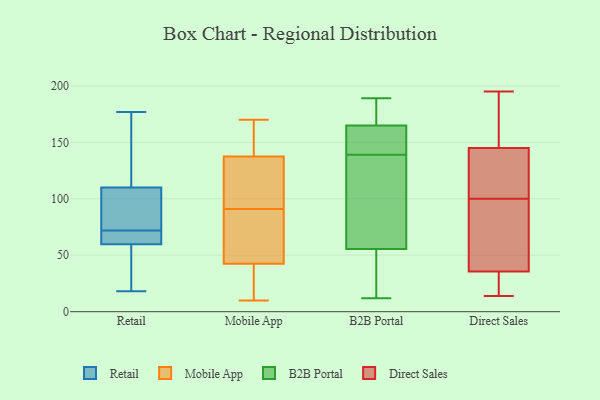
{"axis": {"x": "Conversion Rate (%)", "y": "Value"}, "legend": ["B2B Portal", "Direct Sales", "Mobile App", "Retail"], "data": [{"x": "", "y": 79, "type": "Retail"}, {"x": "", "y": 177, "type": "Retail"}, {"x": "", "y": 18, "type": "Retail"}, {"x": "", "y": 172, "type": "Retail"}, {"x": "", "y": 65, "type": "Retail"}, {"x": "", "y": 72, "type": "Retail"}, {"x": "", "y": 100, "type": "Retail"}, {"x": "", "y": 71, "type": "Retail"}, {"x": "", "y": 33, "type": "Retail"}, {"x": "", "y": 23, "type": "Retail"}, {"x": "", "y": 70, "type": "Retail"}, {"x": "", "y": 58, "type": "Retail"}, {"x": "", "y": 161, "type": "Retail"}, {"x": "", "y": 104, "type": "Retail"}, {"x": "", "y": 112, "type": "Retail"}, {"x": "", "y": 141, "type": "Mobile App"}, {"x": "", "y": 53, "type": "Mobile App"}, {"x": "", "y": 89, "type": "Mobile App"}, {"x": "", "y": 42, "type": "Mobile App"}, {"x": "", "y": 93, "type": "Mobile App"}, {"x": "", "y": 134, "type": "Mobile App"}, {"x": "", "y": 10, "type": "Mobile App"}, {"x": "", "y": 18, "type": "Mobile App"}, {"x": "", "y": 59, "type": "Mobile App"}, {"x": "", "y": 121, "type": "Mobile App"}, {"x": "", "y": 29, "type": "Mobile App"}, {"x": "", "y": 170, "type": "Mobile App"}, {"x": "", "y": 166, "type": "Mobile App"}, {"x": "", "y": 126, "type": "Mobile App"}, {"x": "", "y": 43, "type": "Mobile App"}, {"x": "", "y": 151, "type": "Mobile App"}, {"x": "", "y": 121, "type": "B2B Portal"}, {"x": "", "y": 183, "type": "B2B Portal"}, {"x": "", "y": 147, "type": "B2B Portal"}, {"x": "", "y": 12, "type": "B2B Portal"}, {"x": "", "y": 47, "type": "B2B Portal"}, {"x": "", "y": 189, "type": "B2B Portal"}, {"x": "", "y": 162, "type": "B2B Portal"}, {"x": "", "y": 54, "type": "B2B Portal"}, {"x": "", "y": 60, "type": "B2B Portal"}, {"x": "", "y": 13, "type": "B2B Portal"}, {"x": "", "y": 139, "type": "B2B Portal"}, {"x": "", "y": 185, "type": "B2B Portal"}, {"x": "", "y": 61, "type": "B2B Portal"}, {"x": "", "y": 166, "type": "B2B Portal"}, {"x": "", "y": 84, "type": "B2B Portal"}, {"x": "", "y": 26, "type": "B2B Portal"}, {"x": "", "y": 159, "type": "B2B Portal"}, {"x": "", "y": 143, "type": "B2B Portal"}, {"x": "", "y": 171, "type": "B2B Portal"}, {"x": "", "y": 28, "type": "Direct Sales"}, {"x": "", "y": 186, "type": "Direct Sales"}, {"x": "", "y": 38, "type": "Direct Sales"}, {"x": "", "y": 182, "type": "Direct Sales"}, {"x": "", "y": 195, "type": "Direct Sales"}, {"x": "", "y": 14, "type": "Direct Sales"}, {"x": "", "y": 20, "type": "Direct Sales"}, {"x": "", "y": 133, "type": "Direct Sales"}, {"x": "", "y": 123, "type": "Direct Sales"}, {"x": "", "y": 72, "type": "Direct Sales"}, {"x": "", "y": 78, "type": "Direct Sales"}, {"x": "", "y": 81, "type": "Direct Sales"}, {"x": "", "y": 169, "type": "Direct Sales"}, {"x": "", "y": 14, "type": "Direct Sales"}, {"x": "", "y": 137, "type": "Direct Sales"}, {"x": "", "y": 100, "type": "Direct Sales"}, {"x": "", "y": 100, "type": "Direct Sales"}]}